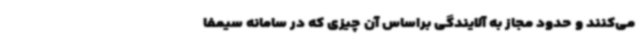
می‌کنند و حدود مجاز به آلایندگی براساس آن چیزی که در سامانه سیمفا